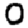
Digit: 0